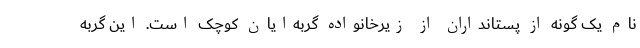
نام یک گونه از پستانداران از زیرخانواده گربه‌ایان کوچک است. این گربه